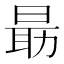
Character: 朂